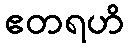
ဧတရဟိ